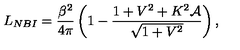
L _ { N B I } = \frac { \beta ^ { 2 } } { 4 \pi } \left( 1 - \frac { 1 + V ^ { 2 } + K ^ { 2 } \mathcal { A } } { \sqrt { 1 + V ^ { 2 } } } \right) ,